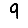
Digit: 9